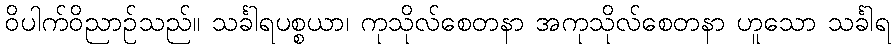
ဝိပါက်ဝိညာဉ်သည်။ သင်္ခါရပစ္စယာ၊ ကုသိုလ်စေတနာ အကုသိုလ်စေတနာ ဟူသော သင်္ခါရ